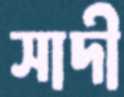
সাদী